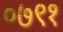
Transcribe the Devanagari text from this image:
०७९१